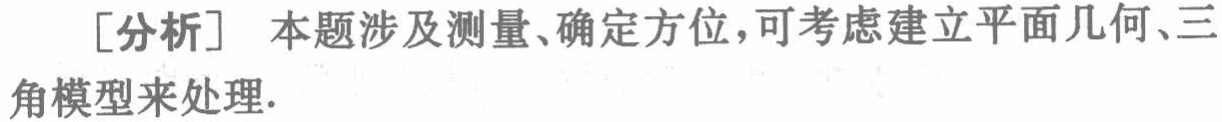
[分析] 本题涉及测量、确定方位，可考虑建立平面几何、三角模型来处理.